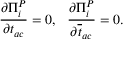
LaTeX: { \frac { \partial \Pi _ { i } ^ { P } } { \partial t _ { a c } } } = 0 , ~ ~ { \frac { \partial \Pi _ { i } ^ { P } } { \partial \overline { { { t } } } _ { a c } } } = 0 .